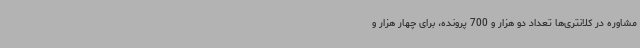
مشاوره در کلانتری‌ها تعداد دو هزار و 700 پرونده، برای چهار هزار و